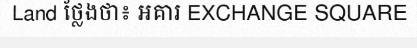
Land ថ្លែងថា៖ អគារ EXCHANGE SQUARE